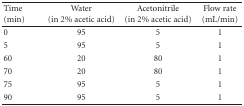
<table><thead><tr><td><b> Time(min)</b></td><td><b>Water (in 2% acetic acid)</b></td><td><b>Acetonitrile(in 2% acetic acid)</b></td><td><b>Flow rate(mL/min)</b></td></tr></thead><tbody><tr><td>0</td><td>95</td><td>5</td><td>1</td></tr><tr><td>5</td><td>95</td><td>5</td><td>1</td></tr><tr><td>60</td><td>20</td><td>80</td><td>1</td></tr><tr><td>70</td><td>20</td><td>80</td><td>1</td></tr><tr><td>75</td><td>95</td><td>5</td><td>1</td></tr><tr><td>90</td><td>95</td><td>5</td><td>1</td></tr></tbody></table>